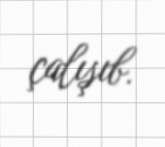
çalışıb.